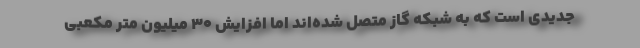
جدیدی است که به شبکه گاز متصل شده‌اند اما افزایش 30 میلیون متر مکعبی